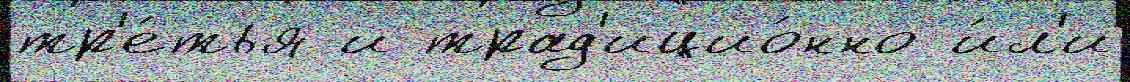
тр'е́тья и трад'ицио́нно и́л'и